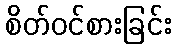
စိတ်ဝင်စားခြင်း